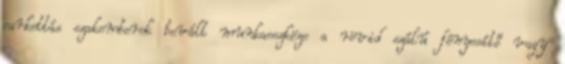
parkettás szakemberek bevált munkaeszköze a rövid szálú fényesítő vagy